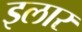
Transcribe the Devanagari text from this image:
इलार